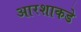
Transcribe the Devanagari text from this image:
आरशाकडे